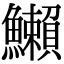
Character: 䲚